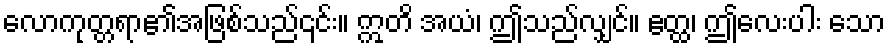
လောကုတ္တရာ၏အဖြစ်သည်၎င်း။ ဣတိ အယံ၊ ဤသည်လျှင်။ ဧတ္ထ၊ ဤလေးပါး သော